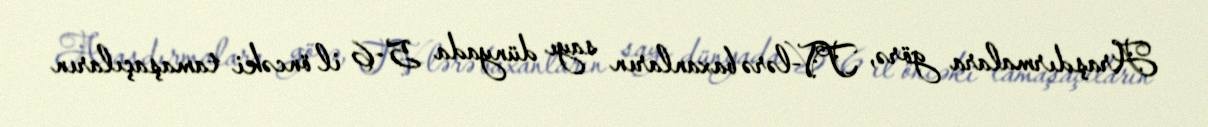
Araşdırmalara görə, TV-lərə baxanların sayı dünyada 5-6 il öncəki tamaşaçıların